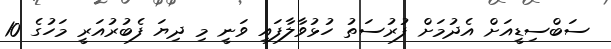
ސަބްސިޑީއަށް އެދުމަށް ފުރުސަތު ހުޅުވާލާފައި ވަނީ މި ދިޔަ ފެބުރުއަރީ މަހުގެ 10